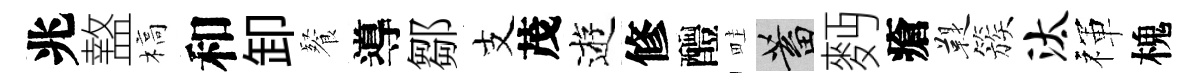
兆盩槁和卸餐導鄒支茂逰修醴畦蓄麪瘡鞮簇汰禈槐